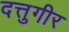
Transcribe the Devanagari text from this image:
दत्तुगीर